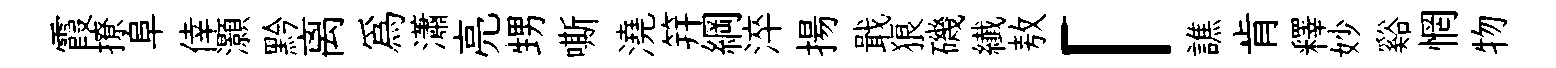
霞撩阜倖灝黔离為瀟亮甥嘶澆笄綱淬揚戢狼磯纎敖「譙肯釋妙谿惘物